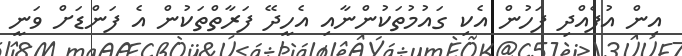
އިން އުފެއްދި ފަހުން އެކި ގައުމުތަކުންނާއި އެހީދޭ ފަރާތްތަކުން އެ ފަންޑަށް ވަނީ